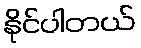
နိုင်ပါတယ်